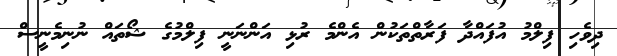
ދިވެހި ފިލްމު އުފައްދާ ފަރާތްތަކުން އެންމެ ރުޅި އަންނަނީ ފިލްމުގެ ޝޯތައް ނުނިމެނީސް